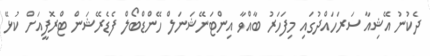
ދެކުނު އޭޝިއާ ސަރަހައްދުގައި މިފަހަރު ބާއްވާ އިންޓަނޭޝަނަލް ހޭންޑްބޯލް ފެޑެރޭޝަން ޓްރޮފީއަށް ކުޅޭ